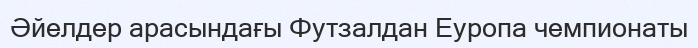
Əйелдер арасындағы Футзалдан Еуропа чемпионаты